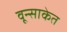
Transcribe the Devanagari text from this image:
वून्साकेत